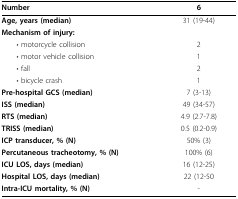
<table><thead><tr><td><b>Number</b></td><td><b>6</b></td></tr></thead><tbody><tr><td><b>Age, years (median)</b></td><td>31 (19-44)</td></tr><tr><td><b>Mechanism of injury:</b></td><td></td></tr><tr><td> • motorcycle collision</td><td>2</td></tr><tr><td> • motor vehicle collision</td><td>1</td></tr><tr><td> • fall</td><td>2</td></tr><tr><td> • bicycle crash</td><td>1</td></tr><tr><td><b>Pre-hospital GCS (median)</b></td><td>7 (3-13)</td></tr><tr><td><b>ISS (median)</b></td><td>49 (34-57)</td></tr><tr><td><b>RTS (median)</b></td><td>4.9 (2.7-7.8)</td></tr><tr><td><b>TRISS (median)</b></td><td>0.5 (0.2-0.9)</td></tr><tr><td><b>ICP transducer, % (N)</b></td><td>50% (3)</td></tr><tr><td><b>Percutaneous tracheotomy, % (N)</b></td><td>100% (6)</td></tr><tr><td><b>ICU LOS, days (median)</b></td><td>16 (12-25)</td></tr><tr><td><b>Hospital LOS, days (median)</b></td><td>22 (12-50</td></tr><tr><td><b>Intra-ICU mortality, % (N)</b></td><td>-</td></tr></tbody></table>